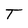
Character: T